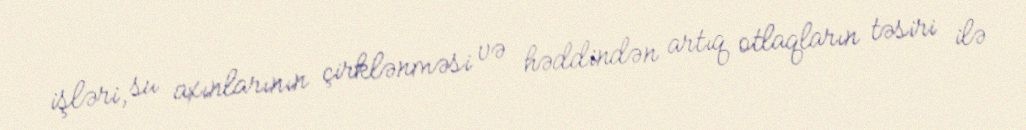
işləri, su axınlarının çirklənməsi və həddindən artıq otlaqların təsiri ilə